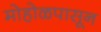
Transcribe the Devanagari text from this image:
मोहोळपासून